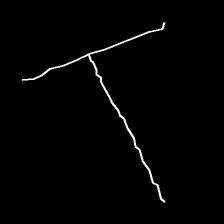
Glyph: column